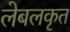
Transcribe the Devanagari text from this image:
लेबलकृत